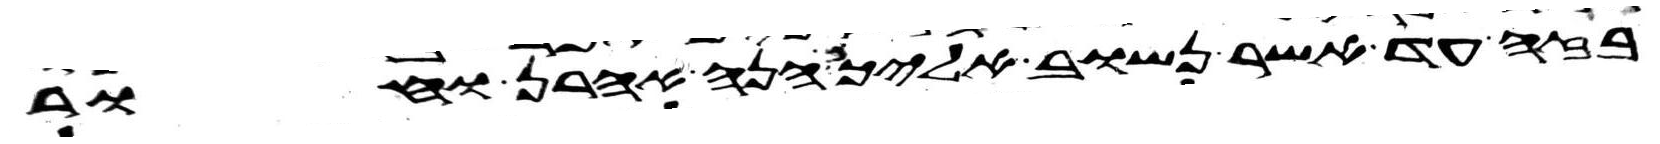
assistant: בזה עד אשר נשוב אליכם הנה אהרן וחור